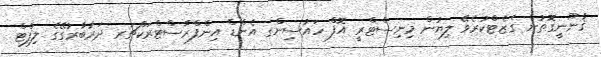
ޤާނޫނީގޮތުން ގެޒެޓްކުރެވޭ ލިޔުން މިނިސްޓްރީ އޮފް ހައުސިންގ އެންޑް އިންފްރާސްޓްރަކްޗަރ ދަރުބާރުގޭގެ ލިފްޓް